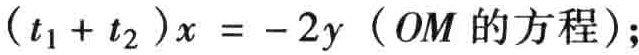
\((t_1 + t_2)x = -2y\)（\(OM\)的方程）;